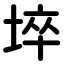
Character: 埣